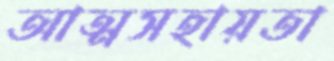
আত্মসহায়তা